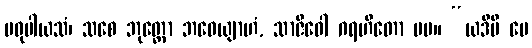
မဓုပါယသံ၊ သစေ ဘုတ္တော ဘဝေယျာဟံ, သာဇီဝေါ ဂရဟိတော မမ။ “ယဒိပိ မေ